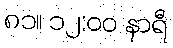
၈၁။ ၁၂:၀၀ နာရီ